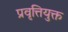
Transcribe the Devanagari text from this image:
प्रवृत्तियुक्त